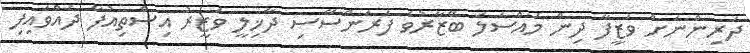
ދަރިންނަށް ވަޒީފާ ދިން މައްސަލަ ބޭޒާރުވެ ފަރަންސޭސި ދާޚިލީ ވަޒީރު އިސްތިއުފާ ދެއްވައިފި